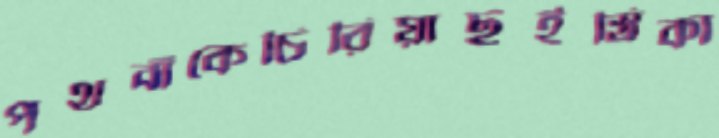
পথবাঁকেচিরিয়াছইস্ত্রিকা